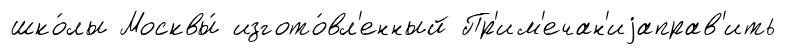
шко́лы Москвы́ изгото́вл'енный Пр'им'ечан'иjаправ'ить